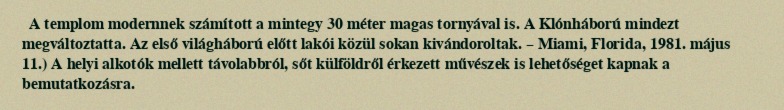
A templom modernnek számított a mintegy 30 méter magas tornyával is. A Klónháború mindezt megváltoztatta. Az első világháború előtt lakói közül sokan kivándoroltak. – Miami, Florida, 1981. május 11.) A helyi alkotók mellett távolabbról, sőt külföldről érkezett művészek is lehetőséget kapnak a bemutatkozásra.